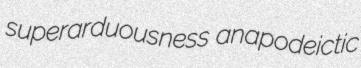
superarduousness anapodeictic